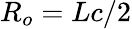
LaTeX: R_{o}=Lc/2